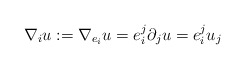
\begin{align*}\nabla_i u:=\nabla_{e_i}u= e_i^j \partial_ju=e_i^ju_j\end{align*}